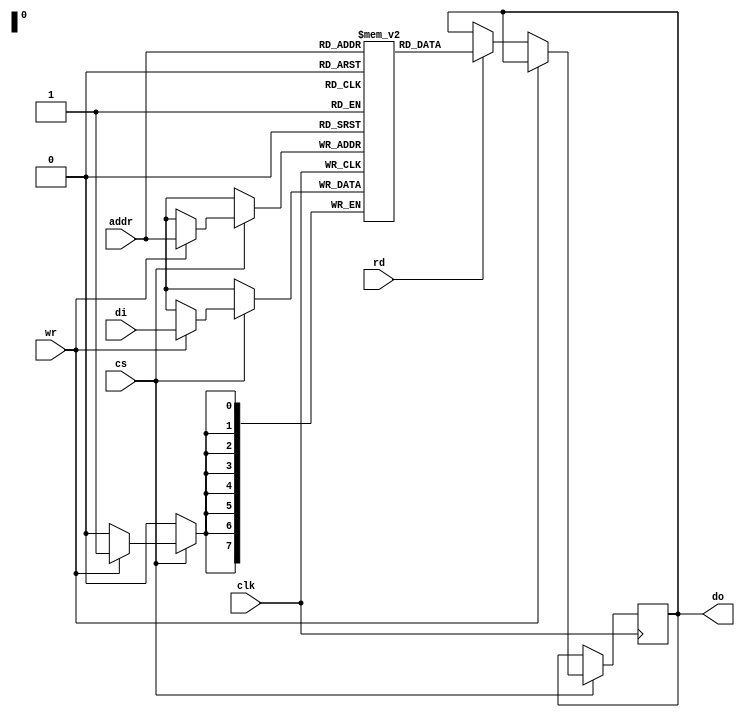
module NVSRAM (
    input wire clk,          // Clock signal
    input wire cs,           // Chip Select
    input wire rd,           // Read signal
    input wire wr,           // Write signal
    input wire [ADDR_WIDTH-1:0] addr, // Address input
    input wire [DATA_WIDTH-1:0] di,    // Data input
    output reg [DATA_WIDTH-1:0] do     // Data output
);

parameter ADDR_WIDTH = 8; // Example address width
parameter DATA_WIDTH = 8; // Example data width
parameter MEM_SIZE = 1 << ADDR_WIDTH; // Memory size

// Memory array (SRAM + Non-volatile storage)
reg [DATA_WIDTH-1:0] memory [0:MEM_SIZE-1];

// Non-volatile storage element (simplified)
reg nv_storage [0:MEM_SIZE-1];

// Control logic
always @(posedge clk) begin
    if (cs) begin
        if (wr) begin
            // Write operation
            memory[addr] <= di; // Write to SRAM
            nv_storage[addr] <= di; // Save to non-volatile storage
        end
        else if (rd) begin
            // Read operation
            do <= memory[addr]; // Read from SRAM
        end
    end
end

// Power management (simplified)
reg power_state; // 0: Sleep, 1: Active
always @(posedge clk) begin
    if (cs) begin
        power_state <= 1; // Active state
    end else begin
        power_state <= 0; // Sleep state
    end
end

// Data retention mechanism (simplified)
always @(posedge clk) begin
    if (!power_state) begin
        // On power down, save data to non-volatile storage
        // This would typically involve more complex circuitry
        // For simplicity, we assume data is already saved
    end
end

// Self-test functionality (simplified)
reg test_passed;
initial begin
    test_passed = 1; // Assume test passed initially
    // Implement self-test logic here
end

endmodule